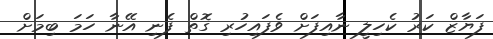
ފަޔާޒް ކަރު ކެހިލީ ނާއިފަށް ވެފައިހުރި ގޮތް ފެނި އޭނާ ހަމަ ބިމަށް